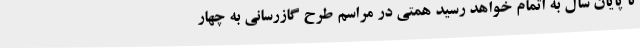
تا پایان سال به اتمام خواهد رسید همتی در مراسم طرح گازرسانی به چهار